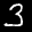
Label: 3